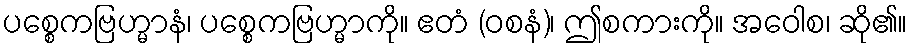
ပစ္စေကဗြဟ္မာနံ၊ ပစ္စေကဗြဟ္မာကို။ ဧတံ (ဝစနံ)၊ ဤစကားကို။ အဝေါစ၊ ဆို၏။